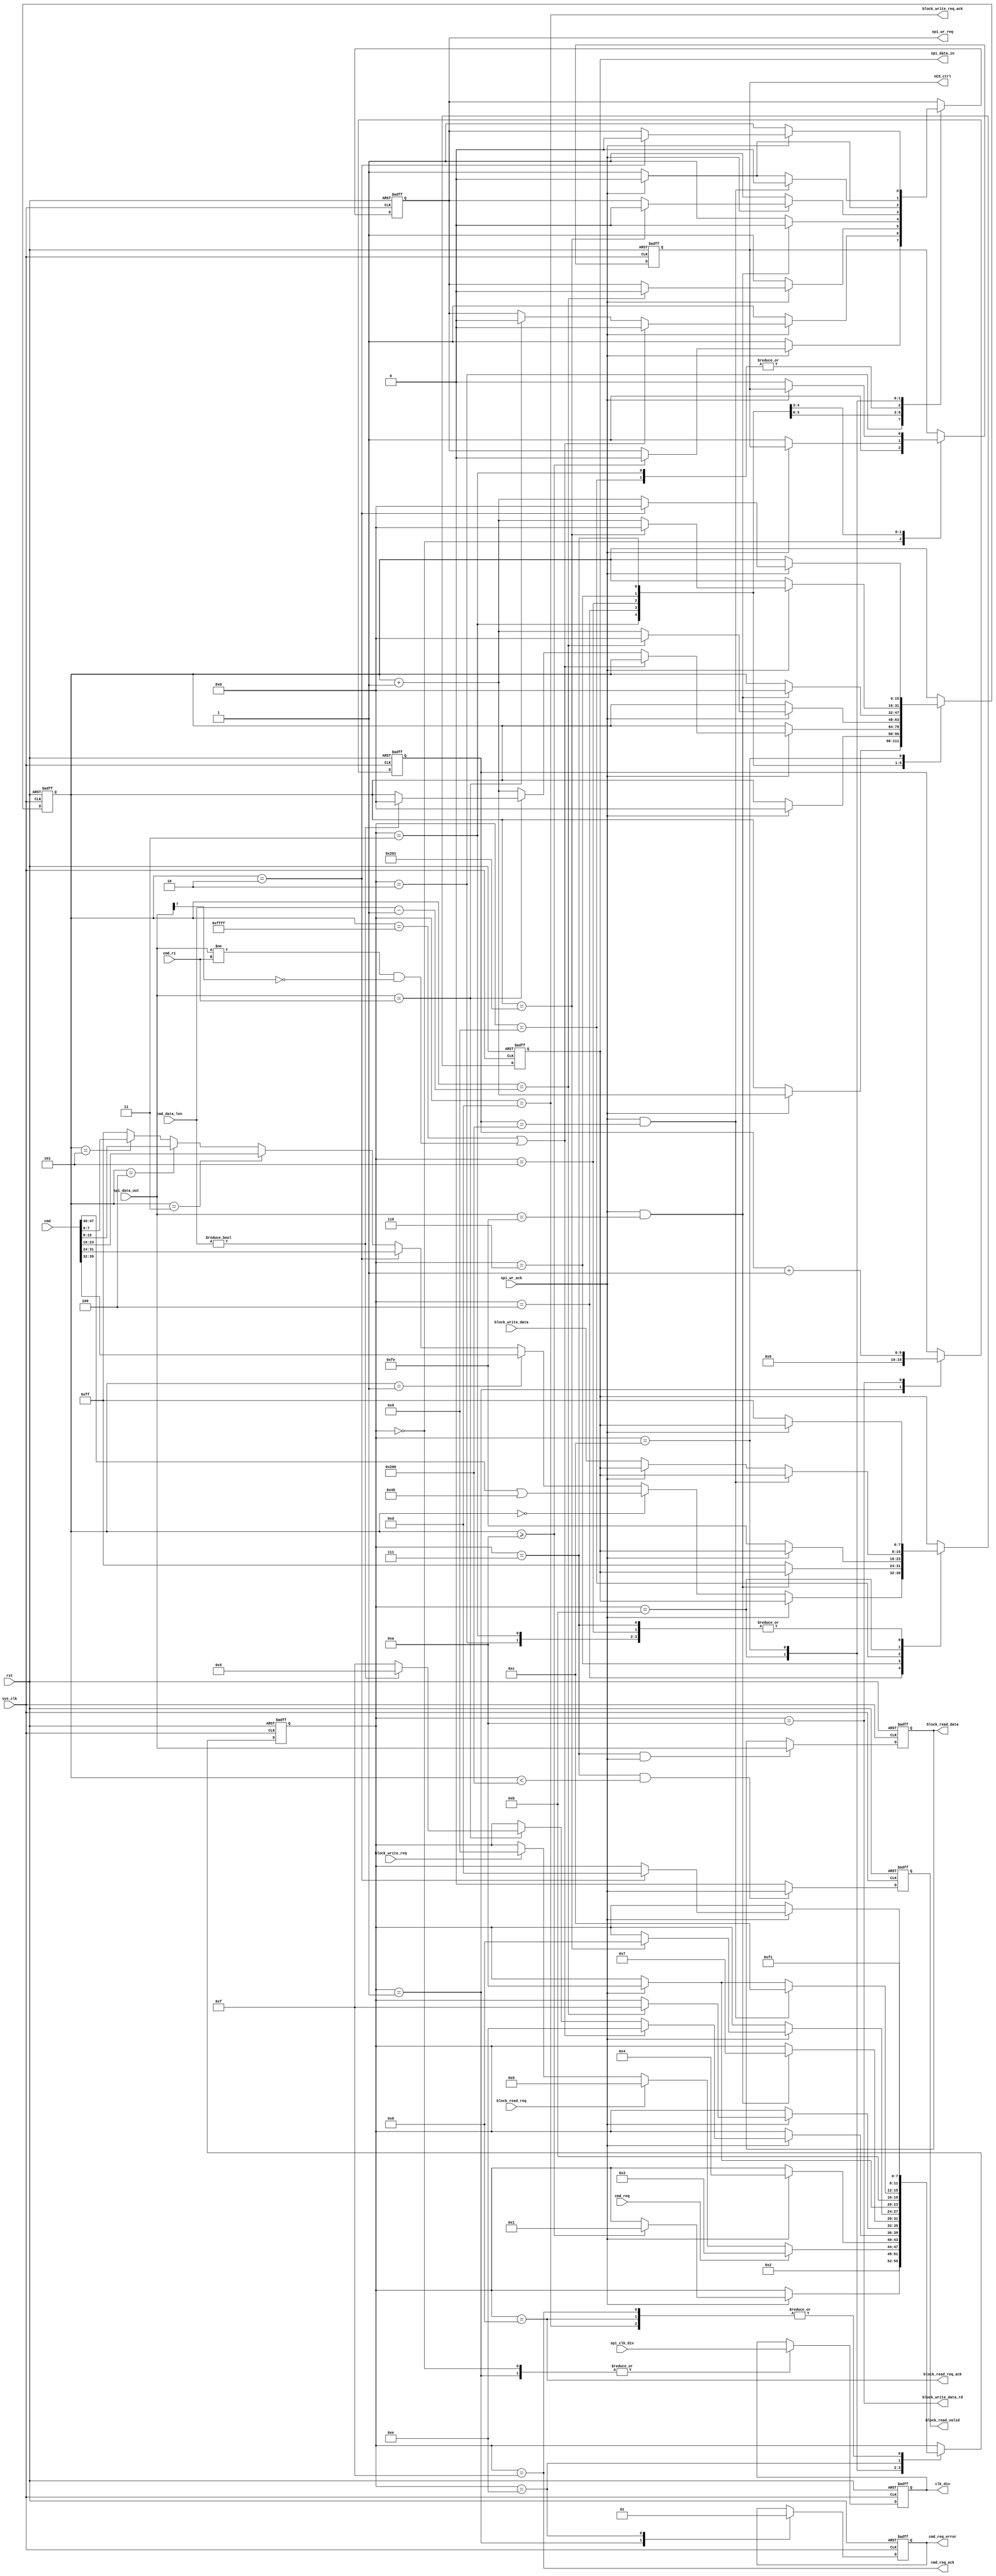
//////////////////////////////////////////////////////////////////////////////////
//                                                                              //
//                                                                              //
//          msq@qq.com                                                          //
//          ALINX(shanghai) Technology Co.,Ltd                                  //
//          heijin                                                              //
//     WEB: http://www.alinx.cn/                                                //
//     BBS: http://www.heijin.org/                                              //
//                                                                              //
//////////////////////////////////////////////////////////////////////////////////
//                                                                              //
// Copyright (c) 2017,ALINX(shanghai) Technology Co.,Ltd                        //
//                    All rights reserved                                       //
//                                                                              //
// This source file may be used and distributed without restriction provided    //
// that this copyright statement is not removed from the file and that any      //
// derivative work contains the original copyright notice and the associated    //
// disclaimer.                                                                  //
//                                                                              //
//////////////////////////////////////////////////////////////////////////////////

//==========================================================================
//  Revision History:
//  Date          By            Revision    Change Description
//--------------------------------------------------------------------------
//  2017/6/21     meisq         1.0         Original
//*************************************************************************/
module sd_card_cmd(
	input                       sys_clk,
	input                       rst,
	input[15:0]                 spi_clk_div,                  //SPI module clock division parameter
	input                       cmd_req,                      //SD card command request
	output                      cmd_req_ack,                  //SD card command request response
	output reg                  cmd_req_error,                //SD card command request error
	input[47:0]                 cmd,                          //SD card command
	input[7:0]                  cmd_r1,                       //SD card expect response
	input[15:0]                 cmd_data_len,                 //SD card command read data length
	input                       block_read_req,               //SD card sector data read request
	output reg                  block_read_valid,             //SD card sector data read data valid
	output reg[7:0]             block_read_data,              //SD card sector data read data
	output                      block_read_req_ack,           //SD card sector data read response
	input                       block_write_req,              //SD card sector data write request
	input[7:0]                  block_write_data,             //SD card sector data write data next clock is valid
	output                      block_write_data_rd,          //SD card sector data write data
	output                      block_write_req_ack,          //SD card sector data write response
	output                      nCS_ctrl,                     //SPI module chip select control
	output reg[15:0]            clk_div,
	output reg                  spi_wr_req,                   //SPI module data sending request
	input                       spi_wr_ack,                   //SPI module data request response
	output[7:0]                 spi_data_in,                  //SPI module send data
	input[7:0]                  spi_data_out                  //SPI module data returned
);
parameter S_IDLE         = 0;
parameter S_WAIT         = 1;
parameter S_INIT         = 2;
parameter S_CMD_PRE      = 3;
parameter S_CMD          = 4;
parameter S_CMD_DATA     = 5;
parameter S_READ_WAIT    = 6;
parameter S_READ         = 7;
parameter S_READ_ACK     = 8;
parameter S_WRITE_TOKEN  = 9;
parameter S_WRITE_DATA_0 = 10;
parameter S_WRITE_DATA_1 = 11;
parameter S_WRITE_CRC    = 12;
parameter S_WRITE_ACK    = 13;
parameter S_ERR          = 14;
parameter S_END          = 15;

reg[3:0]                      state;
reg                           CS_reg;
reg[15:0]                     byte_cnt;
reg[7:0]                      send_data;
wire[7:0]                     data_recv;
reg[9:0]                      wr_data_cnt;

assign cmd_req_ack = (state == S_END);
assign block_read_req_ack = (state == S_READ_ACK);
assign block_write_req_ack= (state == S_WRITE_ACK);
assign block_write_data_rd = (state == S_WRITE_DATA_0);
assign spi_data_in = send_data;
assign data_recv = spi_data_out;
assign nCS_ctrl = CS_reg;
always@(posedge sys_clk or posedge rst)
begin
	if(rst == 1'b1)
	begin
		CS_reg <= 1'b1;
		spi_wr_req <= 1'b0;
		byte_cnt <= 16'd0;
		clk_div <= 16'd0;
		send_data <= 8'hff;
		state <= S_IDLE;
		cmd_req_error <= 1'b0;
		wr_data_cnt <= 10'd0;
	end
	else
		case(state)
			S_IDLE:
			begin
				state <= S_INIT;
				clk_div <= spi_clk_div;
				CS_reg <= 1'b1;
			end
			S_INIT:
			begin
				//send 11 bytes on power(at least 74 SPI clocks)
				if(spi_wr_ack == 1'b1)
				begin
					if(byte_cnt >= 16'd10)
					begin
						byte_cnt <= 16'd0;
						spi_wr_req <= 1'b0;
						state <= S_WAIT;
					end
					begin
						byte_cnt <= byte_cnt + 16'd1;
					end
				end
				else
				begin
					spi_wr_req <= 1'b1;
					send_data <= 8'hff;
				end
			end
			S_WAIT:
			begin
				cmd_req_error <= 1'b0;
				wr_data_cnt <= 10'd0;
				//wait for  instruction
				if(cmd_req == 1'b1)
					state <= S_CMD_PRE;
				else if(block_read_req == 1'b1)
					state <= S_READ_WAIT;
				else if(block_write_req == 1'b1)
					state <= S_WRITE_TOKEN;
				clk_div <= spi_clk_div;
			end
			S_CMD_PRE:
			begin
				//before sending a command, send an byte 'ff',provide some clocks
				if(spi_wr_ack == 1'b1)
				begin
					state <= S_CMD;
					spi_wr_req <= 1'b0;
					byte_cnt <= 16'd0;
				end
				else
				begin
					spi_wr_req <= 1'b1;
					CS_reg <= 1'b1;
					send_data <= 8'hff;
				end
			end
			S_CMD:
			begin
				if(spi_wr_ack == 1'b1)
				begin
					if((byte_cnt == 16'hffff) || (data_recv != cmd_r1 && data_recv[7] == 1'b0))
					begin
						state <= S_ERR;
						spi_wr_req <= 1'b0;
					end
					else if(data_recv == cmd_r1)
					begin
						spi_wr_req <= 1'b0;
						if(cmd_data_len != 16'd0)
						begin
							state <= S_CMD_DATA;
							byte_cnt <= 16'd0;
						end
						else
							state <= S_END;
					end
					else
						byte_cnt <=  byte_cnt + 16'd1;
				end
				else
				begin
					spi_wr_req <= 1'b1;
					CS_reg <= 1'b0;
					if(byte_cnt == 16'd0)
						send_data <= (cmd[47:40] | 8'h40);
					else if(byte_cnt == 16'd1)
						send_data <= cmd[39:32];
					else if(byte_cnt == 16'd2)
						send_data <= cmd[31:24];
					else if(byte_cnt == 16'd3)
						send_data <= cmd[23:16];
					else if(byte_cnt == 16'd4)
						send_data <= cmd[15:8];
					else if(byte_cnt == 16'd5)
						send_data <= cmd[7:0];
					else
						send_data <= 8'hff;
				end
			end
			S_CMD_DATA:
			begin
				if(spi_wr_ack == 1'b1)
				begin
					if(byte_cnt == cmd_data_len - 16'd1)
					begin
						state <= S_END;
						spi_wr_req <= 1'b0;
						byte_cnt <= 16'd0;
					end
					else
					begin
						byte_cnt <= byte_cnt + 16'd1;
					end
				end
				else
				begin
					spi_wr_req <= 1'b1;
					send_data <= 8'hff;
				end
			end
			S_READ_WAIT:
			begin
				if(spi_wr_ack == 1'b1 && data_recv == 8'hfe)
				begin
					spi_wr_req <= 1'b0;
					state <= S_READ;
					byte_cnt <= 16'd0;
				end
				else
				begin
					spi_wr_req <= 1'b1;
					send_data <= 8'hff;
				end
			end
			S_READ:
			begin
				if(spi_wr_ack == 1'b1)
				begin
					if(byte_cnt == 16'd513)
					begin
						state <= S_READ_ACK;
						spi_wr_req <= 1'b0;
						byte_cnt <= 16'd0;
					end
					else
					begin
						byte_cnt <= byte_cnt + 16'd1;
					end
				end
				else
				begin
					spi_wr_req <= 1'b1;
					send_data <= 8'hff;
				end
			end
			S_WRITE_TOKEN:
				if(spi_wr_ack == 1'b1)
				begin
					state <= S_WRITE_DATA_0;
					spi_wr_req <= 1'b0;
				end
				else
				begin
					spi_wr_req <= 1'b1;
					send_data <= 8'hfe;
				end
			S_WRITE_DATA_0:
			begin
				state <= S_WRITE_DATA_1;
				wr_data_cnt <= wr_data_cnt + 10'd1;
			end
			S_WRITE_DATA_1:
			begin
				if(spi_wr_ack == 1'b1 && wr_data_cnt == 10'd512)
				begin
					state <= S_WRITE_CRC;
					spi_wr_req <= 1'b0;
				end
				else if(spi_wr_ack == 1'b1)
				begin
					state <= S_WRITE_DATA_0;
					spi_wr_req <= 1'b0;
				end
				else
				begin
					spi_wr_req <= 1'b1;
					send_data <= block_write_data;
				end
			end
			S_WRITE_CRC:
			begin
				if(spi_wr_ack == 1'b1)
				begin
					if(byte_cnt == 16'd2)
					begin
						state <= S_WRITE_ACK;
						spi_wr_req <= 1'b0;
						byte_cnt <= 16'd0;
					end
					else
					begin
						byte_cnt <= byte_cnt + 16'd1;
					end
				end
				else
				begin
					spi_wr_req <= 1'b1;
					send_data <= 8'hff;
				end
			end
			S_ERR:
			begin
				state <= S_END;
				cmd_req_error <= 1'b1;
			end
			S_READ_ACK,S_WRITE_ACK,S_END:
			begin
				state <= S_WAIT;
			end
			default:
				state <= S_IDLE;
		endcase
end
always@(posedge sys_clk or posedge rst)
begin
	if(rst == 1'b1)
		block_read_valid <= 1'b0;
	else if(state == S_READ && byte_cnt < 16'd512)
		block_read_valid <= spi_wr_ack;
	else
		block_read_valid <= 1'b0;
end

always@(posedge sys_clk or posedge rst)
begin
	if(rst == 1'b1)
		block_read_data <= 8'd0;
	else if(state == S_READ && spi_wr_ack == 1'b1)
		block_read_data <= data_recv;
end

endmodule